Annual report on the Civil Veterinary Department, Burma (including the Insein Veterinary School) - 1910-1922
Year: 1910
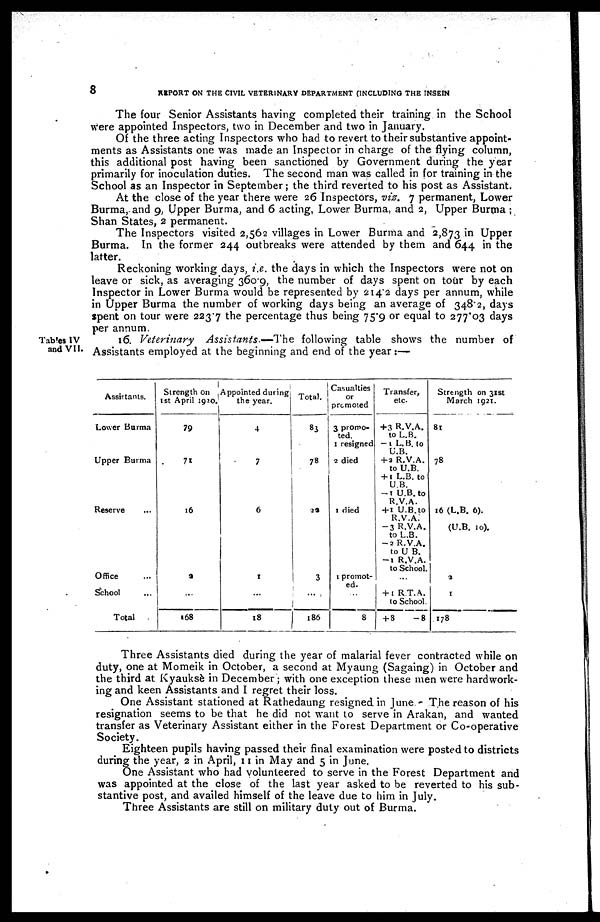
8
REPORT ON THE CIVIL VETERINARY DEPARTMENT (INCLUDING THE INSEIN
The four Senior Assistants having completed their training in the School
were appointed Inspectors, two in December and two in January.
Of the three acting Inspectors who had to revert to their substantive appoint-
ments as Assistants one was made an Inspector in charge of the flying column,
this additional post having been sanctioned by Government during the year
primarily for inoculation duties. The second man was called in for training in the
School as an Inspector in September; the third reverted to his post as Assistant.
At the close of the year there were 26 Inspectors, viz. 7 permanent, Lower
Burma, and 9, Upper Burma, and 6 acting, Lower Burma, and 2, Upper Burma ;
Shan States, 2 permanent.
The Inspectors visited 2,562 villages in Lower Burma and 2,873 in Upper
Burma. In the former 244 outbreaks were attended by them and 644 in the
latter.
Reckoning working days, i.e. the days in which the Inspectors were not on
leave or sick, as averaging 360.9, the number of days spent on tour by each
Inspector in Lower Burma would be represented by 214.2 days per annum, while
in Upper Burma the number of working days being an average of 348.2, days
spent on tour were 223.7 the percentage thus being 75.9 or equal to 277.03 days
per annum.
Tables IV
and VII.
16. Veterinary Assistants.—1 he following table shows the number of
Assistants employed at the beginning and end of the year:—
Assistants.
Lower Burma
Upper Burma
Reserve
Office ...
School ...
Total
Strength on
1st April 1920.
79
71
16
2
...
168
Appointed during
the year.
4
7
6
1
...
18
Total.
83
78
22
3
...
186
Casualties
or
promoted
3 promo-
ted.
1 resigned
2 died
1 died
1 promot-
ed.
8
Transfer,
etc.
+3 R.V.A.
to L.B.
-1 L. 8. to
U.B.
+ a R.V.A.
to U.B.
+ 1 L.B. to
U.B.
-1 U.B. to
R.V.A.
+ 1 U.B. to
R.V.A.
-3 R.V.A.
to L.B.
- 2 R.V.A.
to U B.
-1 R.V.A.
to School.
...
+ 1 R.T.A.
to School.
+ 8
-8
Strength on 31st
March 1921.
81
78
16 (L.B. 6).
(U.B. 10).
2
1
178
Three Assistants died during the year of malarial fever contracted while on
duty, one at Momeik in October, a second at Myaung (Sagaing) in October and
the third at Kyauksè in December; with one exception these men were hardwork-
ing and keen Assistants and I regret their loss.
One Assistant stationed at Rathedaung resigned in June The reason of his
resignation seems to be that he did not want to serve in Arakan, and wanted
transfer as Veterinary Assistant either in the Forest Department or Co-operative
Society.
Eighteen pupils having passed their final examination were posted to districts
during the year, 2 in April, 11 in May and 5 in June.
One Assistant who had volunteered to serve in the Forest Department and
was appointed at the close of the last year asked to be reverted to his sub-
stantive post, and availed himself of the leave due to him in July.
Three Assistants are still on military duty out of Burma.